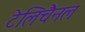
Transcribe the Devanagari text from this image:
टेलिचैनल